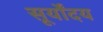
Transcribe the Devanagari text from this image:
सूर्योंदय